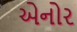
એનોર